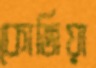
কোজিয়া